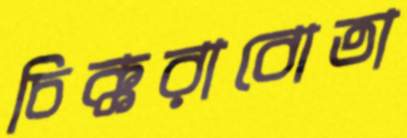
চিক্করাবোতা